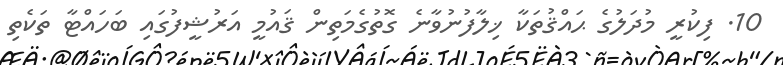
10. ފިކުރީ މުދަލުގެ ޙައްޤުތަކާ ޚިލާފުނުވާނެ ގޮތުގެމަތިން ޤައުމީ އަރުޝީފުގައި ބަހައްޓާ ތަކެތި